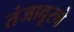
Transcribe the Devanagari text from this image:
तंजावूरचे